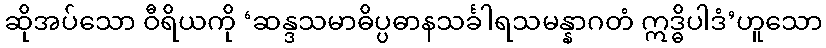
ဆိုအပ်သော ဝီရိယကို ‘ဆန္ဒသမာဓိပ္ပဓာနသင်္ခါရသမန္နာဂတံ ဣဒ္ဓိပါဒံ’ဟူသော